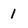
Character: 1